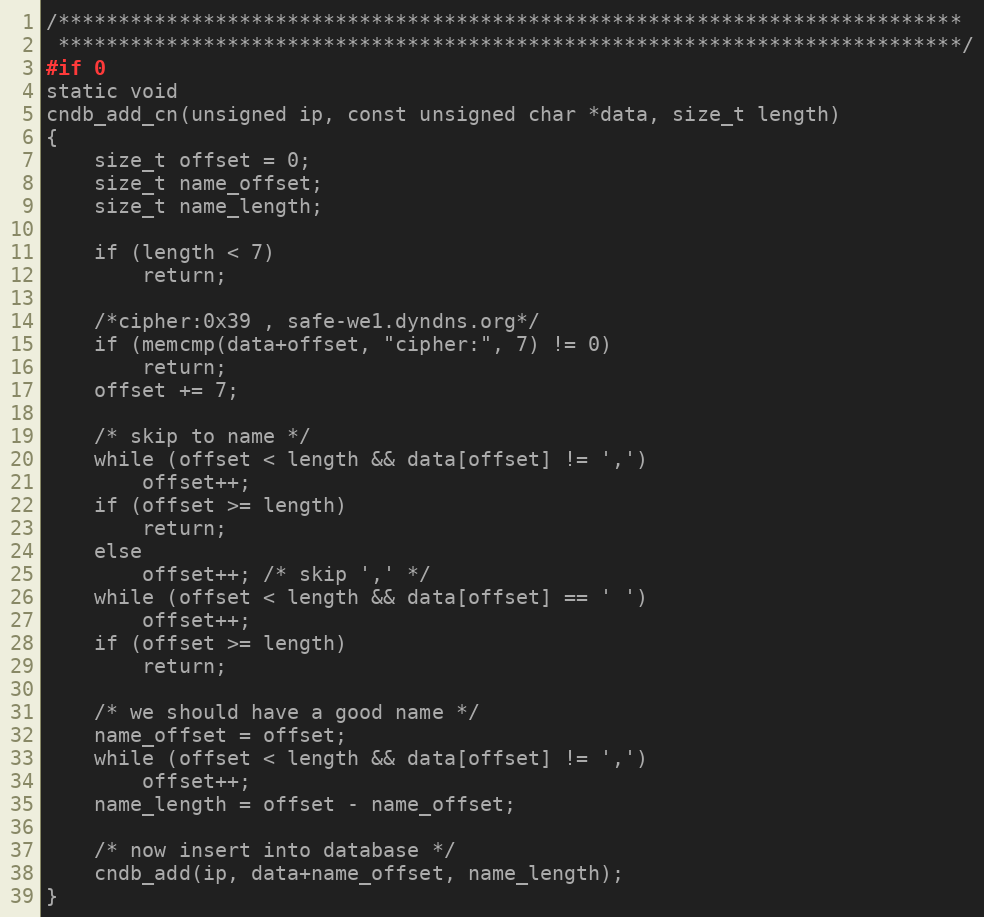
Language: C
/***************************************************************************
 ***************************************************************************/
#if 0
static void
cndb_add_cn(unsigned ip, const unsigned char *data, size_t length)
{
    size_t offset = 0;
    size_t name_offset;
    size_t name_length;

    if (length < 7)
        return;

    /*cipher:0x39 , safe-we1.dyndns.org*/
    if (memcmp(data+offset, "cipher:", 7) != 0)
        return;
    offset += 7;

    /* skip to name */
    while (offset < length && data[offset] != ',')
        offset++;
    if (offset >= length)
        return;
    else
        offset++; /* skip ',' */
    while (offset < length && data[offset] == ' ')
        offset++;
    if (offset >= length)
        return;

    /* we should have a good name */
    name_offset = offset;
    while (offset < length && data[offset] != ',')
        offset++;
    name_length = offset - name_offset;

    /* now insert into database */
    cndb_add(ip, data+name_offset, name_length);
}